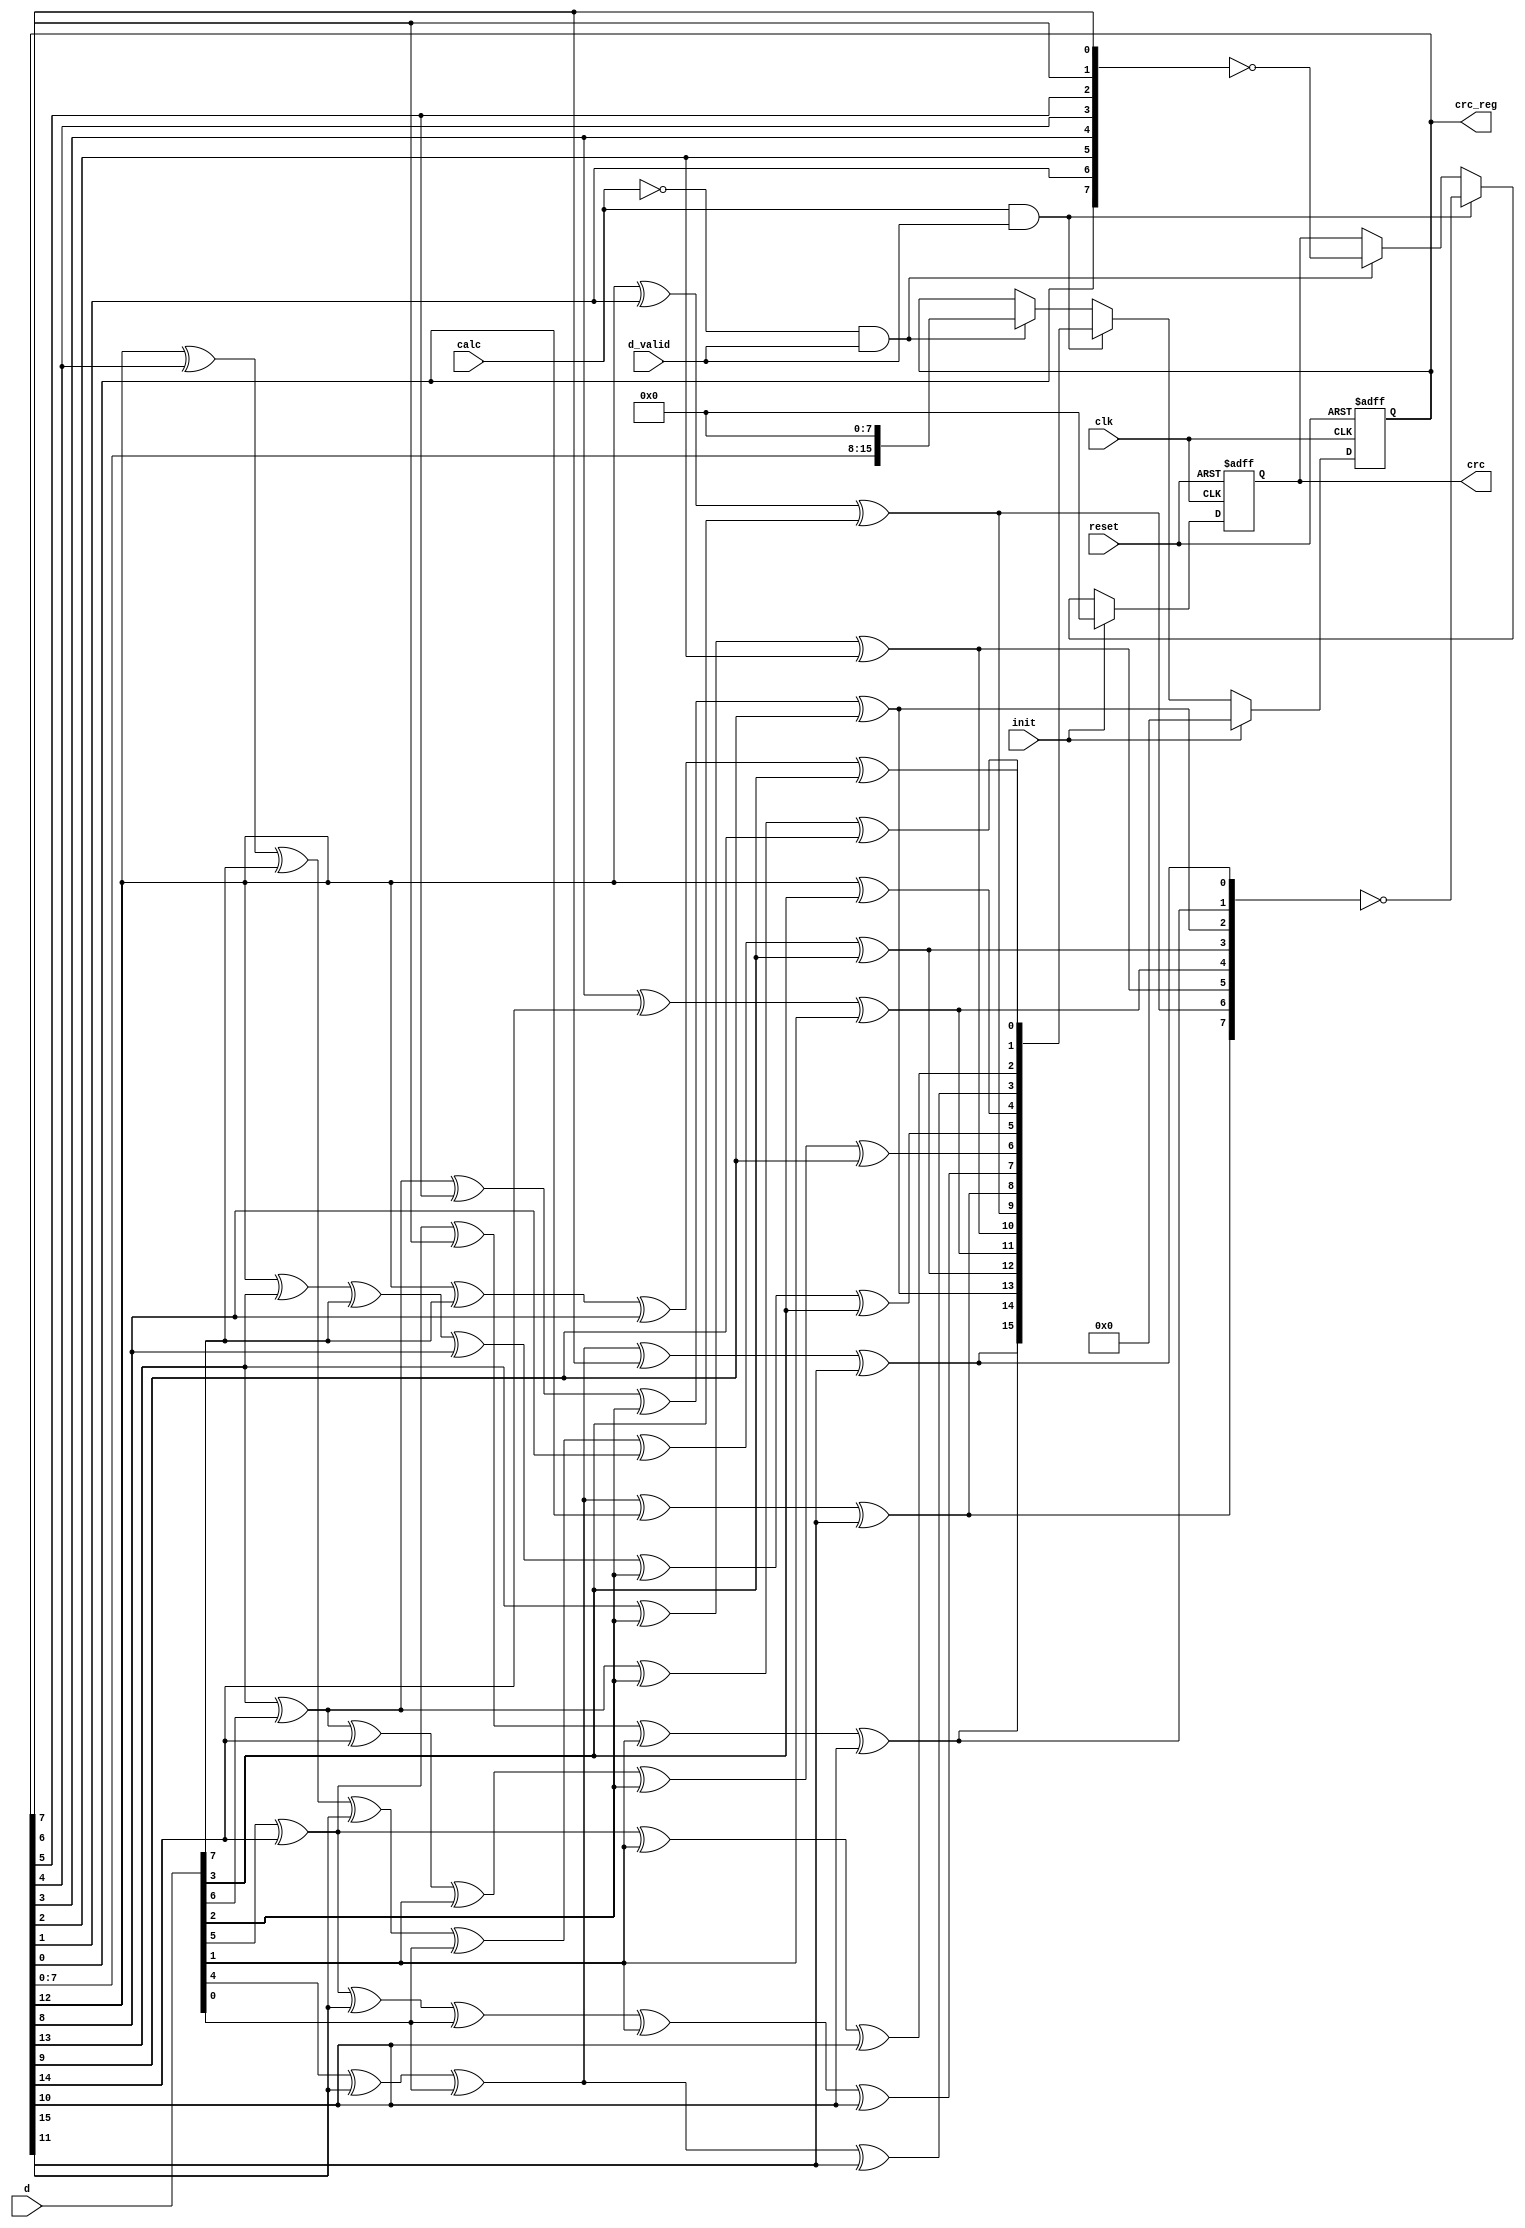
/**
	 12.13CRC 
*/

module crc(crc_reg,crc,d,calc,init,d_valid,clk,reset);
output[15:0] crc_reg;
output[7:0] crc;
input[7:0] d;
input calc;
input init;
input d_valid;
input clk;
input reset;
reg[15:0] crc_reg;
reg[7:0] crc;
wire[15:0] next_crc;

always @(posedge clk or posedge reset)
	begin
		if (reset)
		begin
			crc_reg <= 16'h0000;
			crc <= 8'h00;
		end

		else if (init)
		begin
			crc_reg <= 16'h0000;
			crc <= 8'h00;
		end
		else if (calc & d_valid)
		begin
			crc_reg <= next_crc;
			crc <= ~{next_crc[8], next_crc[9], next_crc[10], next_crc[11],
			next_crc[12], next_crc[13], next_crc[14], next_crc[15]};
		end
		else if (~calc & d_valid)
		begin
			crc_reg <= {crc_reg[7:0], 8'h00};
			crc <= ~{crc_reg[0], crc_reg[1], crc_reg[2], crc_reg[3],
			 crc_reg[4], crc_reg[5], crc_reg[6], crc_reg[7]};
		end
	end
	assign next_crc[0] = crc_reg[12] ^ d[7] ^ crc_reg[8] ^ d[3];
	assign next_crc[1] = crc_reg[13] ^ d[6] ^ d[2] ^ crc_reg[9];
	assign next_crc[2] = d[5] ^ crc_reg[14] ^ d[1] ^ crc_reg[10];
	assign next_crc[3] = d[4] ^ crc_reg[15] ^ d[0] ^ crc_reg[11];
	assign next_crc[4] = crc_reg[12] ^ d[3];
	assign next_crc[5]=crc_reg[12]^crc_reg[13]^d[7]^crc_reg[8]^d[2]^d[3];
	assign next_crc[6] = crc_reg[13] ^ d[6] ^ crc_reg[14] ^ d[1] ^ d[2] ^
	crc_reg[9];
	assign next_crc[7] = d[5] ^ crc_reg[14] ^ crc_reg[15] ^ d[0] ^ d[1] ^
	crc_reg[10];
	assign next_crc[8] = d[4] ^ crc_reg[15] ^ d[0] ^ crc_reg[0] ^ crc_reg[11];
	assign next_crc[9] = crc_reg[12] ^ crc_reg[1] ^ d[3];
	assign next_crc[10] = crc_reg[13] ^ d[2] ^ crc_reg[2];
	assign next_crc[11] = crc_reg[3] ^ crc_reg[14] ^ d[1];
	assign next_crc[12] = crc_reg[12] ^ crc_reg[4] ^ d[7] ^ crc_reg[15]
	^ d[0] ^ crc_reg[8] ^ d[3];
	assign next_crc[13] = crc_reg[13] ^ d[6] ^ crc_reg[5] ^ d[2] ^ crc_reg[9];
	assign next_crc[14] = d[5] ^ crc_reg[14] ^ crc_reg[6] ^ d[1] ^ crc_reg[10];
	assign next_crc[15] = d[4] ^ crc_reg[15] ^ d[0] ^ crc_reg[7] ^ crc_reg[11];
endmodule